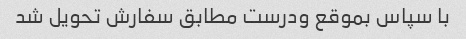
با سپاس بموقع ودرست مطابق سفارش تحویل شد